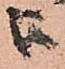
被